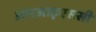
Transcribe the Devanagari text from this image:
आरआइएससी